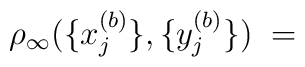
\rho_\infty ( \{x^{(b)}_j \}, \{y^{(b)}_j \} ) \; =